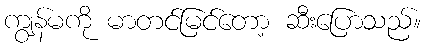
ကျွန်မကို မာတင်မြင်တော့ ဆီးပြောသည်။